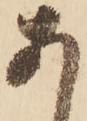
あ